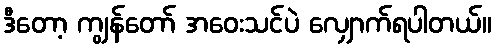
ဒီတော့ ကျွန်တော် အဝေးသင်ပဲ လျှောက်ရပါတယ်။